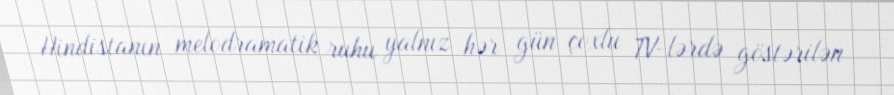
Hindistanın melodramatik ruhu yalnız hər gün çoxlu TV-lərdə göstərilən